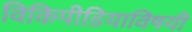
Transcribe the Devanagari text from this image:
विकिपीडियाविषयी